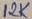
Text: 12K